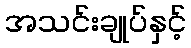
အသင်းချုပ်နှင့်